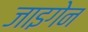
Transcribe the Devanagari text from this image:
जाइगेन